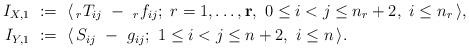
LaTeX: \begin{align*} I_{X,1} \ &:=\ \langle\,_rT_{ij}\ -\ _rf_{ij};~r=1,\ldots,\mathbf r,~0\le i<j\le n_r+2,\ i\le n_r\,\rangle,\\ I_{Y,1} \ &:=\ \langle\,S_{ij}\ -\ g_{ij};~1\le i<j\le n+2,\ i\le n\,\rangle.\end{align*}